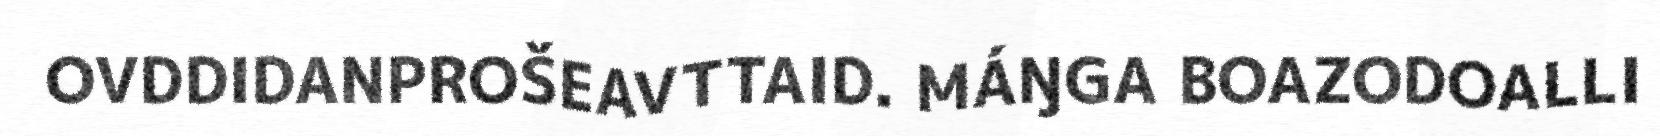
OVDDIDANPROŠEAVTTAID. MÁŊGA BOAZODOALLI